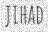
JIHAD